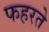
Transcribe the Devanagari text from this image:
फहरते